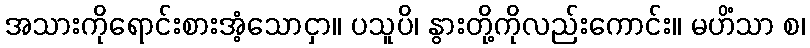
အသားကိုရောင်းစားအံ့သောငှာ။ ပသူပိ၊ နွားတို့ကိုလည်းကောင်း။ မဟိံသာ စ၊